Vital statistics of India. Vol. IV, Annual returns from 1871 to 1876. British Army of India, Native Army and jails of Bengal
Year: 1871
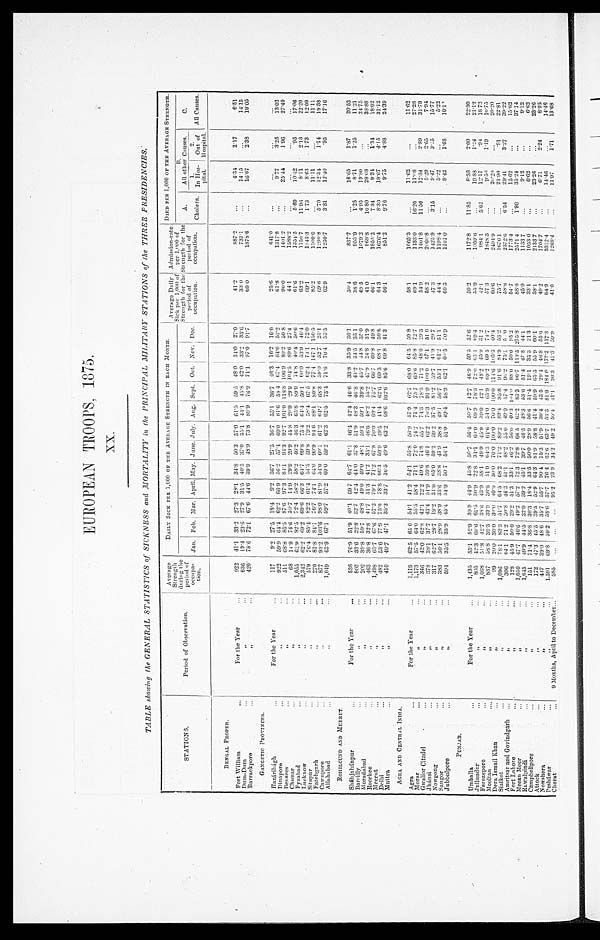
EUROPEAN TROOPS,1875.
XX.
TABLE showing the GENERAL STATISTICS of SICKNESS and MORTALITY in the PRINCIPAL MILITARY STATIONS of the THREE PRESIDENCIES.
STATIONS.
P e r i o d o f o b s e r v a t i o n .
A v e r a g e S t r e n g t h d u r i n g t h e p e r i o d o f o c c u p a - t i o n .
DAILY SICK PER 1,000 OF THE AVERAGE STRENGTH IN EACH MONTH.
A v e r a g e D a i l y S i c k p e r 1 , 0 0 0 o f S t r e n g t h f o r t h e p e r i o d o f o c c u p a t i o n . A d mi s s i o n - r a t e p e r 1 , 0 0 0 o f S t r e n g t h f o r t h e p e r i o d o f o c c u p a t i o n . DIED PER 1,000 OF THE AVERAGE STRENGTH.
J a n .
F e b .
M a r .
A p r i l . M a y .
J u n e . July
A u g .
S e p t .
O c t .
N o v . De c .
A. Chol e r a .
B. A l l o t h e r C a u s e s .
c. A l l C a u s e s .
1. I n H o s - p i t a l .
2. O u r o f H o s p i t a l .
B E N G A L P R O P E R .
F o r t W i l l i a m . .
...
F o r t h e Y e a r
. . .
922 41.1 33.2 27.3 28.1 34.8 50.3 57.0 61.5 59.5 48.0 34.0 27.0
41.2
8 8 7 . 2
...
4.31
2.17
6 . 5 1
Dum-Dum
...
, ,
. . .
6 3 6
1 9 . 4 23.6 27.9
3 1 . 5 40.5
3 7 . 0
3 5 . 1 44.1
4 5 . 8
4 2 . 0
3 3 . 2
3 3 . 6
3 3 . 0 7 3 1 . 1
. . .
1 4 . 1 5
. . .
1 4 . 1 5
Barrackpore
...
, ,
. . .
4 2 0 78.6 72.1 67.6
4 4 . 6 39.9
4 8 . 9
7 3 . 8 89.9
7 6 . 9
7 1 . 1
9 7 . 0
9 1 . 7
6 9 0
1 8 7 8 . 6
. . .
16.67 2.38
19.05
G A N C E T I C P R O V I N C E S .
Hazáribágh
...
F o r t h e Y e a r
. . .
1 1 7
9 . 2 27.5 18.4
9 . 2 36.7
2 7 . 5
3 6 . 7 55.1
3 6 . 7
4 6 . 3
1 6 . 2
1 6 . 0
2 5 . 6 6 4 1 . 0
. . .
. . .
. . .
. . .
Dinapore
...
, ,
. . .
9 2 2 59.9 64.4 62.2
6 6 . 9 56.2
5 7 . 4
6 9 . 0 61.6
5 8 . 4
6 7 . 4
6 4 . 6
5 2 . 2
6 1 . 8 1 3 1 7 . 8
. . .
9. 77
3 . 2 5
1 3 . 0 2
Benares
...
, ,
. . .
5 1 1 68.8 85.5 87.6
9 7 . 3 84.1
9 4 . 3
9 2 . 7 101.0
1 1 8 . 8
1 0 6 . 9
8 9 . 2 5 0 . 8
9 0 . 0 1 4 0 1 . 2
. . . 25.44
1. 96
27.40
Chunar
...
, ,
...
6 9 14.9 74.6 59.7
1 4 . 9 29.9
2 9 . 9
4 4 . 8 29.9
2 9 . 9
1 0 4 . 5
8 9 . 6
2 7 . 4
4 4 . 1 1 5 8 8 . 2
. . .
. . .
. . .
. . .
Fyzabad
...
, ,
...
1 , 0 5 5 62.9 82.5 72.4
5 8 . 2 58.2
4 6 . 2
4 6 . 3 65.8
8 9 . 9
7 4 . 8
7 0 . 4 5 0 . 6
6 1 . 6 1 3 5 4 . 5
5 . 6 9
1 0 . 4 2
. 9 5
1 7 . 0 6
Lucknow
...
, ,
. . .
2 , 3 4 2 62.2 69.2 69.6
6 6 . 3 64.7
6 9 . 8 7 5 . 464.4
5 0 . 1
6 0 . 0
5 3 . 9
4 6 . 4
6 3 . 2
1 1 5 0 . 7
1 1 . 9 6
8 . 1 1
2 . 1 3
2 2 . 2 0
Sitapur
...
, ,
...
5 7 9 76.4 85.4 82.2
6 1 . 4 54.5
5 9 . 8
7 9 . 2 58.4
6 7 . 5
6 2 . 4
7 4 . 1 7 2 . 0
6 9 . 1 1 1 4 3 . 3
1. 73
8. 63
1. 73
1 2 . 0 9
Fatehgarh
...
, ,
. . .
2 7 0 81.8 84.1 76.7
7 4 . 1 64.0
9 0 . 9
9 4 . 6 88.1
8 0 . 8
7 7 . 4 1 4 7 . 1 1 5 0 . 5
8 5 . 2 1 1 0 0 . 0
. . .
11. 11
. . .
1 1 . 1 1
Cawnpore
...
, ,
. . .
8 7 7 93.2 103.6 98.0
8 1 . 9 54.0
6 0 . 1
6 1 . 2 64.7
6 8 . 3
5 9 . 0
5 2 . 7 2 5 . 1
6 9 . 6 1 2 9 0 . 8
5 . 7 0 12. 54
1 . 1 4
1 9 . 3 8
Allahabad
...
, ,
...
1 , 0 4 9 63.9 67.1 59.7
5 7 . 2 60.0
5 9 . 2
6 2 . 3 62.5
7 3 . 4
7 1 . 6
7 0 . 4
5 3 . 5
6 2 . 9
1 2 3 0 . 7
3. 81 12.40
.95
17.16
ROHILCUND AND MEERUT.
Sháhjahánpur
...
For the Year
. . .
536 76.9 51.9 40.1 69.7 64.7
6 1 . 1 46.4 42.4
4 6 . 6 33.8 35.9 36. 1
50.1
837.7
...
18.65
1.87
20.52
Bareilly
...
, ,
...
8 0 3 33.6 22.8 32.7
4 2 . 4 44.0
3 7 . 8
5 1 . 9 48.3
4 6 . 8
4 3 . 2
3 4 . 5 3 3 . 1
38.6
953.0
1.25
8.71
1.25
11.21
Moradabad
...
, ,
...
202 39.8 59.7 48.8
4 9 . 0 49.0
4 8 . 1
5 9 . 1 59.1
3 9 . 8
4 5 . 7
4 4 . 8 3 5 . 0
4 9 . 5 1 0 7 9 . 2
4 . 9 5
19. 80
. . .
2 4 . 7 5
Roorkee
...
, ,
. . .
4 6 3 36.8 32.8 41.7
5 1 . 3 41.2
3 5 . 1
4 6 . 6 48.2
5 5 . 2
4 7 . 9
2 4 . 8
3 1 . 9
4 1 . 0
9 6 9 . 8
10.80
2 8 . 0 8
. . .
3 8 . 8 8
Meerut
...
, ,
. . .
1 4 9 8 63.7 67.6 57.2
7 9 . 1 72.2
6 7 . 8
7 0 . 0 70.0
7 5 . 7
6 6 . 7
6 0 . 8 4 9 . 8
6 6 . 1 1 8 5 5 . 2
7 . 3 4 6.34 1.34
18.02
Delhi
...
, ,
. . .
4 8 2 53.6 77.9 75.0
7 8 . 8 66.3
5 9 . 9
4 9 . 5 49.5
6 2 . 6
6 9 . 3 6 8 . 1 5 0 . 6
6 4 . 3 1 6 7 6 . 4
8 . 3 0
18. 67
4 . 1 5
3 1 . 1 2
Muttra
...
, ,
. . .
4 1 0 49.7 47.1 35.3
3 3 . 7 36.5
4 9 . 6
6 3 . 2 63.2
1 0 2 . 6
8 5 . 6
6 9 . 8
4 1 . 3
5 6 . 1
8 5 1 . 2
9 . 7 6 9.75 4.88
24.39
A G R A A N D G C E N T R A L I N D I A .
Agra
...
F o r t h e Y e a r
. . .
1 , 1 1 9 62.5 65.0 54.1
4 1 . 2 54.1
5 5 . 8
5 6 . 9 57.9
6 2 . 7
6 8 . 0
6 4 . 5 5 9 . 8
5 8 . 1 1 0 6 5 . 3
. . .
11. 63
. . .
1 1 . 6 2
Morar
...
, ,
. . .
1 , 1 7 3 57.5 64.0 55.5
5 8 . 4 71.1 7 2 . 0
7 4 . 7 71.4
7 3 . 7
6 9 . 6
8 5 . 8 7 2 . 7
6 9 . 1 1 1 3 3 . 0
1 6 . 2 0
11.68
. . .
27.28
Gwalior Citadel ...
, ,
. . .
3 4 9 42.0 62.8 42.1
2 2 . 2 49.6 7 4 . 8
5 5 . 7 74.3
7 8 . 3
7 1 . 2 4 8 . 6 2 9 . 3
5 4 . 9 1 4 0 1 . 8
1 1 . 5 0
17. 34
2 . 8 9
3 1 . 7 9 .
Jhánsi
...
, ,
. . .
3 7 8 38.1 37.7 43.4
5 1 . 9 59.8 4 6 . 1
6 2 . 2 703
9 1 . 9
1 0 0 . 0 5 7 . 1 5 1 . 6
5 8 . 2 2 0 6 0 . 8
. . .
5 . 2 9
2 . 6 5
7 . 9 4
Nowgong
...
, ,
. . .
3 1 7 62.7 28.7 19.2
3 1 . 0 65.0
5 9 . 2
5 9 . 2 37.5 8 1 . 2
5 9 . 7
4 1 . 9 2 9 . 7
4 7 . 3 1 4 2 5 . 9
3 . 1 5
9 . 4 7
3 . 1 5
1 5 . 7 7
songor
...
, ,
...
3 8 3 55.1 28.9 38.9
3 3 . 6 38.8
4 3 . 9
3 8 . 8 49.1
5 6 . 7
5 5 . 1
6 1 . 2 5 1 . 1
4 4 . 4
1 1 9 8 . 4
. . .
5.22
. . .
5 . 2 2
Jubbulpore
...
, ,
...
5 9 4 35.5 33.9 45.4 3 4 . 9 50.
5 4 . 1
5 1 . 0 49.4
5 8 . 9
6 2 . 1
6 0 . 5 5 0 . 9
6 0 . 5 1 1 0 1 . 0
. . .
8 . 4 2 1.65
10.11
P U N J A B .
Umballa
...
F o r t h e Y e a r
. . .
1 , 4 3 5 55.1 52.9 39.9
4 4 . 9 45.8
5 0 . 7
5 6 . 4 50.7
4 2 . 7
4 6 . 9
5 9 . 5 5 2 . 6
5 0 . 2 1 1 7 2 . 8
1 1 . 8 5
8 . 3 6
2 . 0 9
2 2 . 3 0
Jullundur
...
, ,
...
8 0 5 42.3 60.6 61.5
3 0 . 9 22.8
3 1 . 1
6 0 . 0 69.9 7 8 . 3
7 2 . 0
6 3 . 1 6 9 . 4
5 5 . 9 1 0 5 9 . 6
...
19. 88
1.24
21.12
Ferozepore
...
, ,
. . .
1 , 3 6 8 51.8 42.7 38.6
4 3 . 9 38.1
4 9 . 9
4 5 . 9 39.0 4 2 . 1
4 8 . 2 4 5 . 9 3 1 . 2
4 2 . 1 9 8 4 . 1
5 . 6 2
12. 17
. 9 4
1 8 . 7 3
Mooltan
...
, ,
...
8 3 7 58.8 39.3 39.9
3 6 . 6 51.0
6 4 . 3
6 4 . 6 54.0 6 5 . 9
6 9 . 2 6 9 5 7 4 . 7
5 7 . 3 1 8 4 8 . 3
...
9. 56
1. 19
1 0 . 7 5
Dera Ismail Khan
...
, ,
. . .
9 9 20.0 30.0 39.0
4 0 . 0 50.0
7 0 . 0
1 0 0 . 0 70.0
1 0 0 . 0
1 1 4 . 6
1 0 5 . 3 4 0 . 4
6 0 . 6 2 4 9 4 . 9
. . . 20.20
. . .
20.20
Sialkot
...
, ,
. . .
1 , 0 9 6 78.1 83.3 51.7
6 4 . 5 68.2
7 1 . 2
8 9 . 2 89.4
9 5 . 8
9 1 . 6 8 4 . 9 5 3 . 2
7 5 . 7 1 6 7 6 . 1
...
21. 90
. 9 1
2 2 . 8 1
Amritsar and Govindgarh ...
, ,
. . .
3 0 6 64.1 71.2 50.8
4 4 . 3 51.1
4 8 . 2
5 5 . 0 49.0
5 7 . 4
9 6 . 2
7 5 . 1 5 . 9
5 8 . 8 1 3 7 2 . 6
6 . 5 4
29. 41
3 . 2 7
3 9 . 2 2
Fort Lahore
...
, ,
. . .
1 2 8 45.9 50.0 29.2
5 1 . 3 33.1
4 6 . 2
5 6 . 0 40.3
1 0 4 . 0
8 8 . 0
5 6 . 0 9 5 . 2
5 4 . 7 1 7 7 3 . 4
...
15. 62
. . .
15.62
Meean Meer
...
, ,
...
1 , 0 5 0 47.7 46.6 49.2
5 7 . 2 723
7 2 . 8 6 6 . 5 62.2
8 3 . 3
9 6 . 7
1 1 9 . 5 2 7 5 . 8
8 8 . 6 2 5 7 1 . 4
1 . 9 0
35. 24
. . .
3 7 . 1 4
Rawalpindi
...
, ,
...
1 , 6 4 5 49.9 44.5 32.0
3 9 . 2 45.1
3 9 . 7 4 6 . 5 48.3
5 3 . 6
5 1 . 4
4 7 . 8 4 4 . 1
4 5 . 0 1 1 3 3 . 7
. . .
9 . 1 2
. . .
9 . 1 2
Campbellpore
...
, ,
. . .
1 5 1 71.4 36.8 30.3
1 8 . 4 33.5
5 0 . 0 2 8 . 9 56.6
3 1 . 4
1 9 . 1
3 2 . 3 2 1 . 3
3 3 . 1 1 0 5 3 . 0
. . .
6 . 6 2
...
6 . 6 2
Attock
...
, ,
...
1 7 2 47.3 45.5 39.5
5 2 . 9 64.3
8 1 . 9 5 8 . 8 41.4 5 9 . 9
6 5 . 5
5 5 . 9 6 6 0 . 1
5 8 . 1 2 1 3 3 . 7
. . .
23. 26
. . .
2 3 . 2 6
N o w s h e r a
...
, ,
. . .
4 4 7 39.0 48.6 35.7
5 5 . 7 90.4
7 5 . 3 5 1 . 9 39.4 4 3 . 5
2 9 . 1 4 6 . 8 5 5 . 6
4 9 . 2 1 7 0 4 . 7
. . .
6 . 7 1 2.24
8 . 9 5
Pesháwar
...
, ,
...
1 , 5 9 1 69.8 59.2 58.6
5 7 . 7 76.4
6 2 . 6
6 3 . 7 53.3 8 1 . 9
1 8 1 . 0
1 7 7 . 2 1 1 7 . 3
8 4 . 9 3 3 1 2 . 4
...
14.16
. . .
14.46
Cherat
...
9 M o n t h s , A p r i l t o D e c e m b e r...
5 8 5 ... ... ...
9 5 . 2 23.9
3 4 . 2 4 9 . 2 50.4 4 1 . 1
3 6 . 3
4 1 . 3 5 9 . 9
4 1 . 0 1 2 6 8 . 4
. . .
11.97
1 . 7 1
1 3 . 6 8